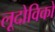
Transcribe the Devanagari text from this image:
लूदोविको